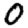
Digit: 0